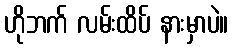
ဟိုဘက် လမ်းထိပ် နားမှာပဲ။